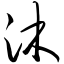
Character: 沐